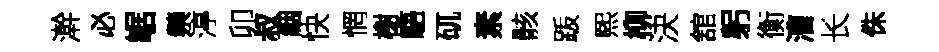
澣必崌禜渟卯叔絪快惘榭䮏矹素骸䟦煕柳決舘躬衡漕长侏